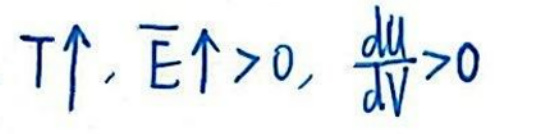
$T\uparrow, \overline{E}\uparrow>0, \frac{du}{dV}>0$